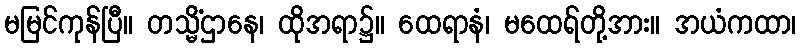
မမြင်ကုန်ပြီ။ တသ္မိံဌာနေ၊ ထိုအရာ၌။ ထေရာနံ၊ မထေရ်တို့အား။ အယံကထာ၊